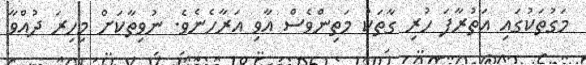
މަގުތަކުގައި އަތުރާފަ ހުރި ގާތަކު މަތިންވެސް އާވި އަރާހެނެވެ. ނުވިތާކަށް މިހިރަ ދުއްވާ